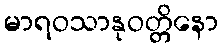
မာရဝသာနုဝတ္တိနော